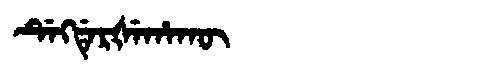
Manchu: ᡩᡝᡴᡩᡝᡵᡧᡝᡥᠠᡴᡡ
Romanization: DEKDERŠEHAKŪ